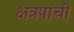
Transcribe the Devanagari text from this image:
क्षत्रपांची